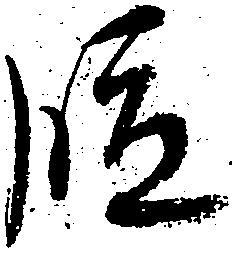
段